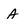
Character: A